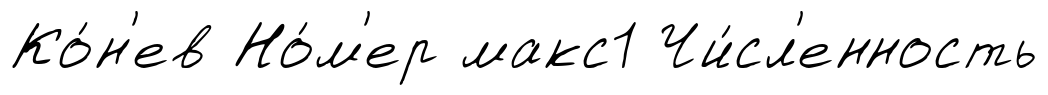
Ко́н'ев Но́м'ер макс1 Чи́сл'енность